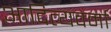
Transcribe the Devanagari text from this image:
आदित्यवर्मा